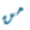
من